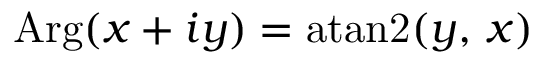
\operatorname { A r g } ( x + i y ) = \operatorname { a t a n 2 } ( y , \, x )